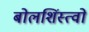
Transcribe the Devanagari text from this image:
बोलशिंस्त्वो